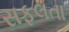
સફલતા